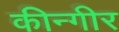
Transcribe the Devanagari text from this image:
कीन्गीर